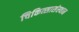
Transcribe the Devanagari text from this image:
चिकित्सासंस्थान